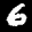
Label: 6